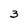
Character: 3